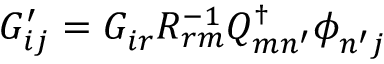
G _ { i j } ^ { \prime } = G _ { i r } ^ { } R _ { r m } ^ { - 1 } \ensuremath { Q _ { m n ^ { \prime } } ^ { \scriptscriptstyle \dag } } \phi _ { n ^ { \prime } j } ^ { }